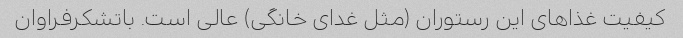
کیفیت غذاهای این رستوران (مثل غدای خانگی) عالی است. باتشکرفراوان